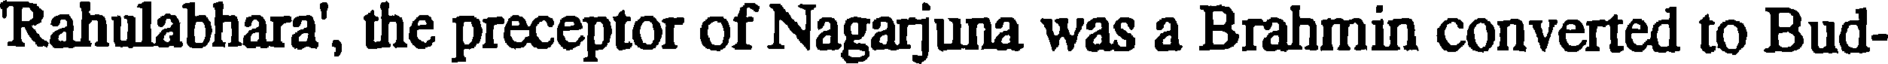
Rahulabhara', the preceptor of Nagarjuna was a Brahmin converted to Bud-